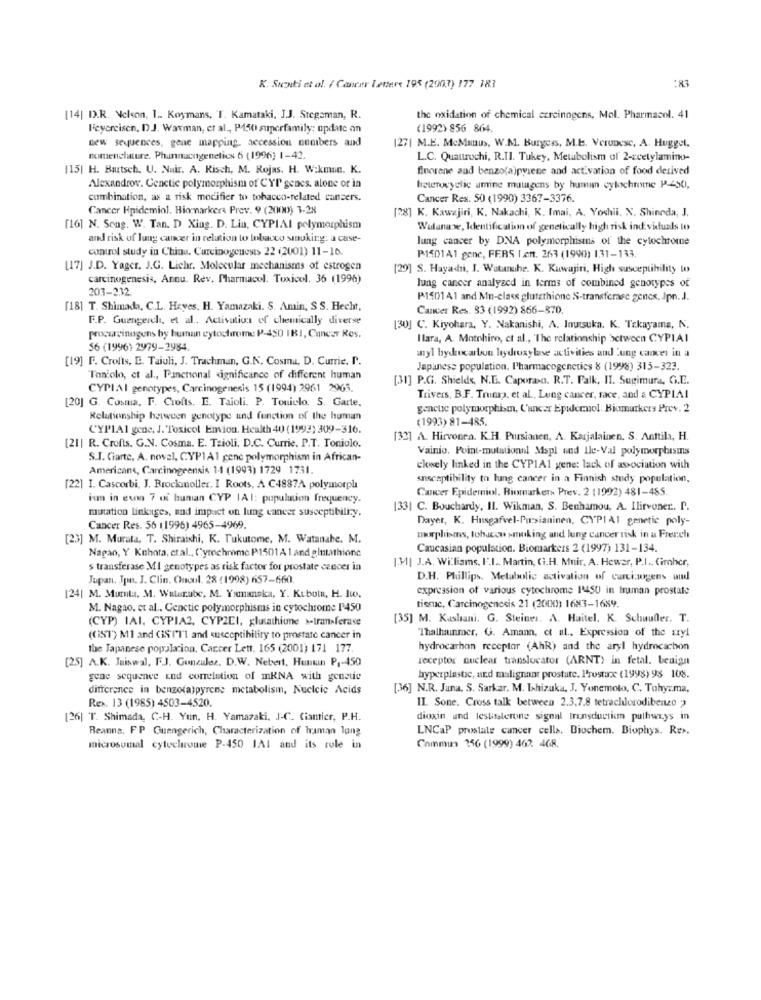
:83
K. Suzuki et al. / Cancer Lettere 195 (2003) 177 183
[14| D.R. Nelson, 1 .. Koymans, T. Kamataki, J.J. Stegeman, R.
the oxidation of chemical carcinogens, Mol. Pharmacol. 41
Heycreisen, DJ. Waxman, et al ., P150 superfamily: update on
(1992) 856 864.
new sequences, gene mapping. accession numbers and
127| M.E. McManus, W.M. Burgess, M.b. Veronese, A. Hugget,
nomenclature. Phannacogenetics 6 (1996) 1-42.
L.C. Quattrochi, R.TI. Tukey, Metabolism of 2-ccetylamino-
115| H. Butsch. U. Nair. A. Risch, M. Rojas. H. W:kman. K.
finorene and benzo(a)pyrene and activation of food derived
Alexandrov. Cenctic polymorphism of CYT genes. alone or in
heterocyclic umine mutagens by human cytochrome P-490,
combination, as a risk modifier to tobacco-related cancers.
Cancer Res. 50 (1990) 3367-3376.
Cancer Epidemiol. Biomarkers Prev. 9 (2000) 3-28
[28] K. Kawajiri, K. Nakachi, K. Imai, A, Yochil. N. Shinnda, J.
[16] N. Soug. W. Tan. D Xing. D. Liu, CYPIAI polymorphism
Walunase, Identification of genetically high risk ind viduals to
and risk of lung cancer in relation to tobacco siouking: a case-
lung cancer by DNA polymorphistns of the cytochrome
control study in China. Carcinogenesis 22 (2001) 11-16.
P1501A1 genc, FERS [.ett. 263 (1990) 131-133.
[17] J.D. Yager. J.G. Lichr. Molecular mechanisms of estrogen
[29] S. Hayadni, I. Watanche. K. Kuwajiri, High susceptibility to
carcinogenesis, Annu. Rev. Pharmacol. Toxicol. 36 (1996)
203-232
lung cancer analyzed in terms of combined genotypes of
P1501 41 and Mn-class glutathione S-transferase genes. Jpn. J.
[18] T. Shimada, C.L. Hayes. H. Yamazaki. S. Amin, S S. Hecht,
Cancer Res. 33 (1992) 866-870.
F.P. Guengerch, et al .. Activation of chemically diverse
[30] C. Kiyohara, Y. Nakanishi, A. Inusuka. K. Takayama, N.
procarcinogens by human cytochrome P-450 IKI, Cancer Res.
Ilara, A. Mothiro, et al ., The relationship between CYPIAI
56 (1996) 2979-2984
[19] F. Crofts, D. Taiuli, J. Trachman, G.N. Cosma, D. Currie. P.
anyl hydrocarbon hydroxylase activities and Lung cancer in a
Japanese population. Pharmacogenetics 8 (1998) 315-323.
"Toniolo, et al ., Panenional significance of different human
[31] P.G. Shields, N.D. Caporaso. R.T. Falk, II. Sugimura, G.E.
CYPIAI genotypes, Carcinogenesis 15 (1994) 2961 2963.
[20] G. Cosmia, F. Crofts. E. Taioli. P. Touiclo. S. Garte,
Trivers, B.F. Trump, et al ., Lung cancer, race, and & CYPIAI
gencue polymorphism, C'ancer Epilernol. Biomarkers Prev. 2
Relationship between genotype und function of the human
(1993) 81-485.
CYPLAI gene, J. Toxicol Enviou. Health 40) (1993) 309-316.
[32] A. Hirvonen. K.H. Pursianen, A. Karjalainen. S. Anttila, H.
[21| R. Crofts. G.N. Cosma. E. Taioli, D.C. Currie. P.T. Toniolo.
Vainio, Point-mutational Mspl und Ile-Val polymorphismns
S.I. Ciarte, A. novel, CYP1A1 gene polymorphism in African-
Americans, Carcinogeensis 14 (1993) 1729 1731.
ckwely linked in the CYP1A1 gene: lack of association with
susceptibility to lung cancer in a Finnish study population.
[22] I. Cascorbi, J. Brockmoller. I Roots, A C4887A polymorph
Cancer Epidemiol. Biomarken Prev. 2 (1992) 481-485.
im in even 7 of human CYP IAI: pupulution frequency.
mutation linkages, and impact on lung cancer susceptibiliry,
133| C. Bouchardy, Il. Wikman, S. Benhamou, A. Ilirvoner. P.
Dayer, K. Husgafvel-Parsianinen, CYPIAI genetic poly-
Cancer Res. 56 (1996) 4965-4969.
[23] M. Murata. T. Shiraishi, K. Tukutome, M. Watanabe. M.
morphisms, tobacco smoking and lung cancer risk in u French
Nagao, Y Kuhora, etal ., Cyrochrome P1501 A 1 and glutathionc
Caucasian population. Biomarkers 2 (1997) 131-134.
134| J.A. Williams, F.I. Martin, (i.H. Muir, A. Hewer, P.I. (imher,
s transferase MI genotypes as risk factor for prostate cancer in
Jupan. Jpn. J. Clin. Onoul. 28 (1998) 657-660
D.H. Plullips. Metabolic activation of carcinogens und
expression of various cytochrome 1450 in truman prostate
[24] M. Musta, M. Watanabe, M. Yımanoka, Y. Kubula, H. Ito.
M. Nagao, et al ., Cenctic polymorphisms in cytochrome P450
tissuc, Carcinogenesis 21 (2000)) 1683-1689.
(CYP) IAI. CYPIA2, CYP2EI, glutathione »-transferase
[35] M. Kaslani. G. Steiner. A. Haitel. K. Schuudler. T.
"Thalhanmer, G. Amann, et al ., Expression of the sryl
((151) M1 and GSITI and susceptibility to prostate cancer in
the Japanese populacion. Cancer Lett. 165 (2001) 171 177.
hydrocarbon receptor (AhR) and the aryl hydrocarbon
[25] A.K. Jaiswal, F.J. Gunzules. D.W. Nebert, Hunkuin P ,- 450
receptor nuclear translocator (ARNT) in fetal. benign
gene sequence and correlation of mRNA with genetic
hyperplastic, and malignant prostate. Prostarx (1998) 98 108.
difference in benzo(a)pyrene metabolism, Nucleic Acids
[36] N.R. Jana. S. Sarkar. M. Whizuka, J. Yonemoto, C. Tohyzma,
Rex. 13 (1985) 4503-4520.
IL Sone. Cross talk between 2.3.7.8 tetrachlorodibenzo "
[26] T. Shimada, C-H. Yun, H. Yamazaki, J-C. Ciantier, P.H.
dioxin und lesbtslerone signal transductim pulhweys in
Reanns, FP Guengerich, Characterization of hraman long
LNCaP prostate cancer cells. Biochem. Biophys. Re>.
microsomal cytochrome P-450 IAI and its role in
Commun 256 (1999) 462 468.